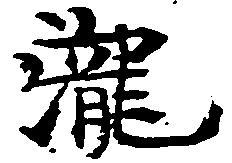
滝